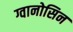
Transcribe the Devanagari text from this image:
ग्वानोसिन